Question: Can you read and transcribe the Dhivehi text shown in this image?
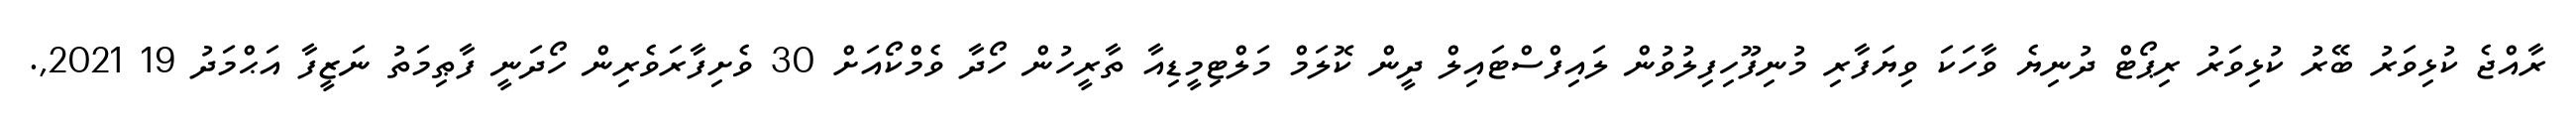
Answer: ރާއްޖެ ކުޅިވަރު ބޭރު ކުޅިވަރު ރިޕޯޓް ދުނިޔެ ވާހަކަ ވިޔަފާރި މުނިފޫހިފިލުވުން ލައިފްސްޓައިލް ދީން ކޮލަމް މަލްޓިމީޑިއާ ތާރީހުން ހޯދާ ވެމްކޯއަށް 30 ވެށިފާރަވެރިން ހޯދަނީ ފާޠިމަތު ނަޒީފާ އަޙްމަދު 19 2021,.